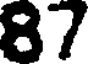
87